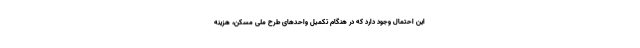
این احتمال وجود دارد که در هنگام تکمیل واحدهای طرح ملی مسکن، هزینه